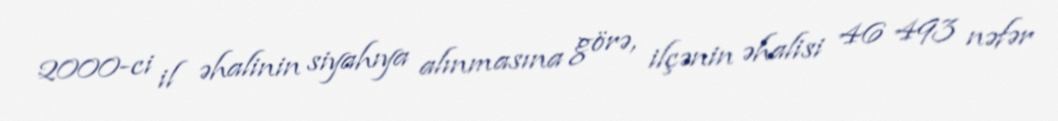
2000-ci il əhalinin siyahıya alınmasına görə, ilçənin əhalisi 46 493 nəfər